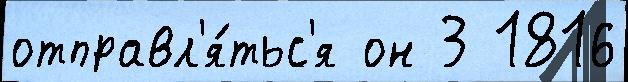
отправл'я́тьс'я он 3 1816